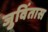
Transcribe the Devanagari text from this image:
जुविंतास